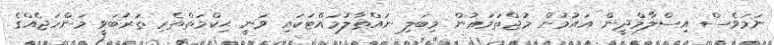
ނަމަވެސް އިސްލާމްދީން އައުމުން މުޖްތަމަޢުން މިބަލި ނައްތާލުމައްޓަކައި ވަނީ ޙިކްމަތްތެރި ތަރުބަވީ މަންހަޖެއްގެ